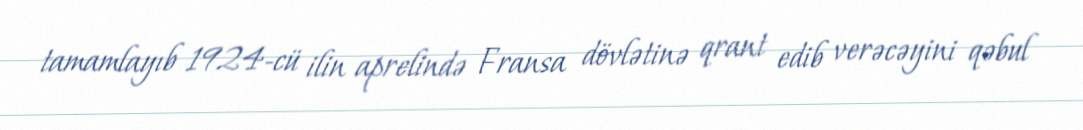
tamamlayıb 1924-cü ilin aprelində Fransa dövlətinə qrant edib verəcəyini qəbul